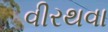
વીરથવા